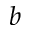
b